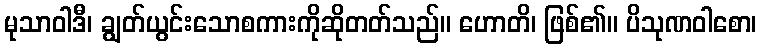
မုသာဝါဒီ၊ ချွတ်ယွင်းသောစကားကိုဆိုတတ်သည်။ ဟောတိ၊ ဖြစ်၏။ ပိသုဏဝါစော၊